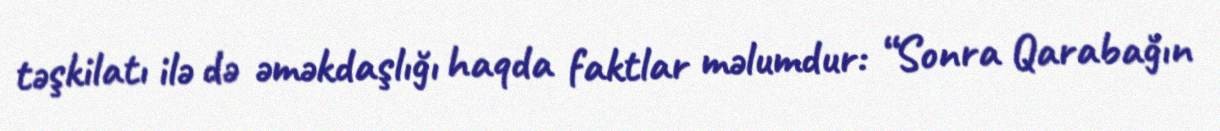
təşkilatı ilə də əməkdaşlığı haqda faktlar məlumdur: “Sonra Qarabağın